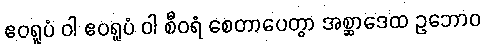
ဧဝရူပံ ဝါ ဧဝရူပံ ဝါ စီဝရံ စေတာပေတွာ အစ္ဆာဒေထ ဥဘောဝ